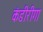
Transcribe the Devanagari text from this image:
कंडीरीगा